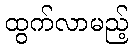
ထွက်လာမည့်